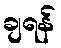
ချရန်